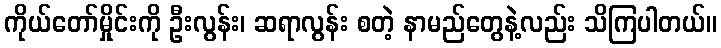
ကိုယ်တော်မှိုင်းကို ဦးလွန်း၊ ဆရာလွန်း စတဲ့ နာမည်တွေနဲ့လည်း သိကြပါတယ်။